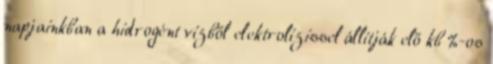
napjainkban a hidrogént vízből elektrolízissel állítják elő kb %-os